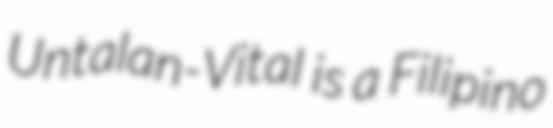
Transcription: Untalan-Vital is a Filipino